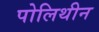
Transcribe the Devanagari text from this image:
पोलिथीन